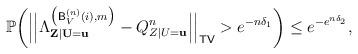
LaTeX: \begin{align*} \mathbb{P}\bigg(\Big|\Big|\Lambda^{\big(\mathsf{B}_V^{(n)}(i),m\big)}_{\mathbf{Z}|\mathbf{U}=\mathbf{u}}-Q^n_{Z|U=\mathbf{u}}\Big|\Big|_{\mathsf{TV}}>e^{-n\delta_1}\bigg)\leq e^{-e^{n\delta_2}},\end{align*}